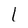
Character: I